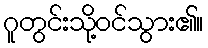
ဂူတွင်းသို့ဝင်သွား၏။